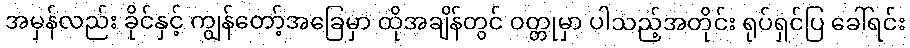
အမှန်လည်း ခိုင်နှင့် ကျွန်တော့်အခြေမှာ ထိုအချိန်တွင် ဝတ္တုမှာ ပါသည့်အတိုင်း ရုပ်ရှင်ပြ ခေါ်ရင်း